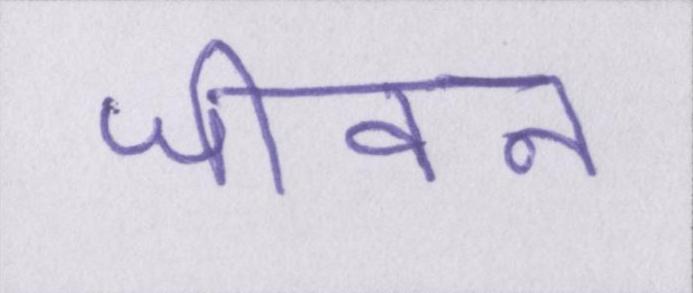
जीवन